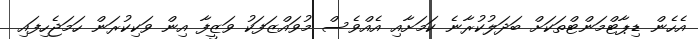
އެހެން ޑިޕާޓްމަންޓްތަކަށް ބަދަލުކުރާނެ ކަމަށާއި އެއްވެސް މުވައްޒަފަކު ވަޒީފާ އިން ވަކިކުރަން ހަމަޖެހިފައި